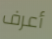
أعرف